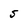
Character: S